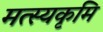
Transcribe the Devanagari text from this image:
मत्स्यकृमि